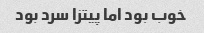
خوب بود اما پیتزا سرد بود